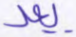
يعد